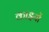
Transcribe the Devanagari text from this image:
काइयों